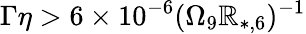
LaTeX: \Gamma\eta>6\times10^{-6}(\Omega_{9}\mathbb{R}_{*,6})^{-1}